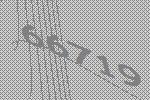
66719